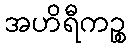
အဟိရီကဉ္စ